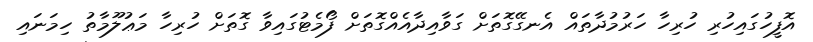
އޮފީހުގައިހުރި ހުރިހާ ހަރުމުދާތައް އެނގޭގޮތަށް ގަވާއިދާއެއްގޮތަށް ފޯމެޓުގައިވާ ގޮތަށް ހުރިހާ މަޢުލޫމާތު ހިމަނައި